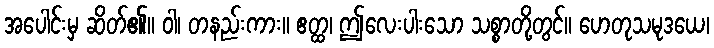
အပေါင်းမှ ဆိတ်၏။ ဝါ၊ တနည်းကား။ ဧတ္ထ၊ ဤလေးပါးသော သစ္စာတို့တွင်။ ဟေတုသမုဒယေ၊